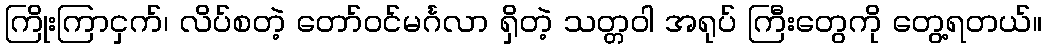
ကြိုးကြာငှက်၊ လိပ်စတဲ့ တော်ဝင်မင်္ဂလာ ရှိတဲ့ သတ္တဝါ အရုပ် ကြီးတွေကို တွေ့ရတယ်။